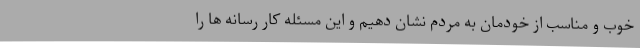
خوب و مناسب از خودمان به مردم نشان دهیم و این مسئله کار رسانه ها را